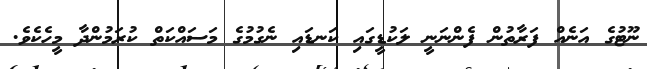
ނޫޓުގެ އަނެއް ފަރާތުން ފެންނަނީ ލަކުޑީގައި ކަނޑައި ނެގުމުގެ މަސައްކަތް ކުރަމުންދާ މީހެކެވެ.